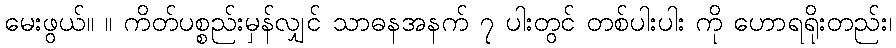
မေးဖွယ်။ ။ ကိတ်ပစ္စည်းမှန်လျှင် သာဓနအနက် ၇ ပါးတွင် တစ်ပါးပါး ကို ဟောရရိုးတည်း၊